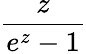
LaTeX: \frac{z}{e^{z}-1}